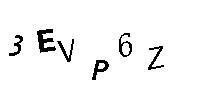
3EVP6Z